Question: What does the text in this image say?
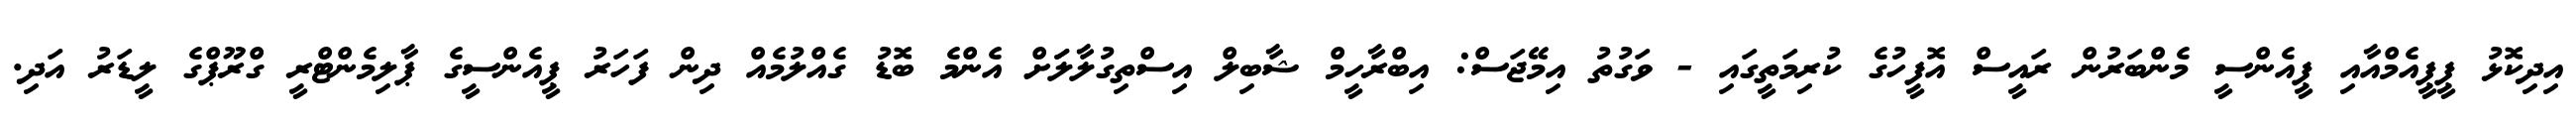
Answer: އިދިކޮޅު ޕީޕީއެމްއާއި ޕީއެންސީ މެންބަރުން ރައީސް އޮފީހުގެ ކުރިމަތީގައި - ވަގުތު އިމޭޖަސް: އިބްރާހީމް ޝާބިލް އިސްތިގުލާލަަށް އެންމެ ބޮޑު ގެއްލުމެއް ދިން ފަހަރު ޕީއެންސީގެ ޕާލިމެންޓްރީ ގްރޫޕްގެ ލީޑަރު އަދި.